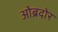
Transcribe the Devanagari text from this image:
ओब्रदोर